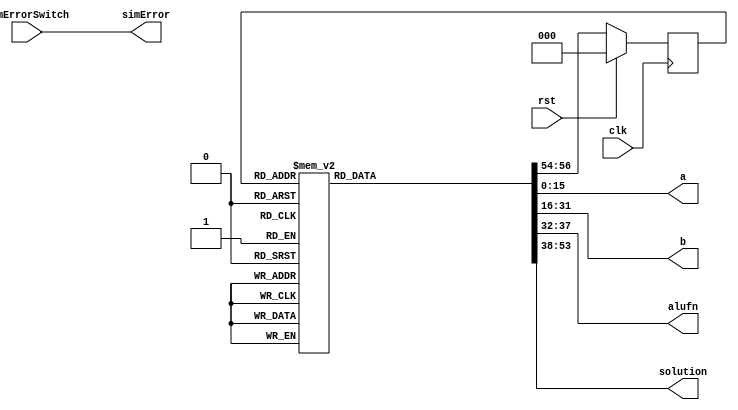
/*
   This file was generated automatically by Alchitry Labs version 1.2.7.
   Do not edit this file directly. Instead edit the original Lucid source.
   This is a temporary file and any changes made to it will be destroyed.
*/

module autoTester_7 (
    input clk,
    input rst,
    input simErrorSwitch,
    output reg [15:0] a,
    output reg [15:0] b,
    output reg [5:0] alufn,
    output reg [15:0] solution,
    output reg simError
  );
  
  
  
  localparam A_ROM = 128'h000a0040000580172e2b000601000000;
  
  localparam B_ROM = 128'h00050018000400014563800501000004;
  
  localparam ALUFN_ROM = 48'h001823616cf5;
  
  localparam SOLUTION_ROM = 128'h000f00280050c00b0423800300010001;
  
  
  localparam TESTCASE1_testState = 3'd0;
  localparam TESTCASE2_testState = 3'd1;
  localparam TESTCASE3_testState = 3'd2;
  localparam TESTCASE4_testState = 3'd3;
  localparam TESTCASE5_testState = 3'd4;
  localparam TESTCASE6_testState = 3'd5;
  localparam TESTCASE7_testState = 3'd6;
  localparam TESTCASE8_testState = 3'd7;
  
  reg [2:0] M_testState_d, M_testState_q = TESTCASE1_testState;
  
  always @* begin
    M_testState_d = M_testState_q;
    
    a = 16'h0000;
    b = 16'h0000;
    alufn = 6'h00;
    solution = 16'h0000;
    simError = simErrorSwitch;
    
    case (M_testState_q)
      TESTCASE1_testState: begin
        a = 16'h0000;
        b = 16'h0004;
        alufn = 6'h35;
        solution = 16'h0001;
        M_testState_d = TESTCASE2_testState;
      end
      TESTCASE2_testState: begin
        a = 16'h0100;
        b = 16'h0100;
        alufn = 6'h33;
        solution = 16'h0001;
        M_testState_d = TESTCASE3_testState;
      end
      TESTCASE3_testState: begin
        a = 16'h0006;
        b = 16'h8005;
        alufn = 6'h16;
        solution = 16'h8003;
        M_testState_d = TESTCASE4_testState;
      end
      TESTCASE4_testState: begin
        a = 16'h2e2b;
        b = 16'h4563;
        alufn = 6'h18;
        solution = 16'h0423;
        M_testState_d = TESTCASE5_testState;
      end
      TESTCASE5_testState: begin
        a = 16'h8017;
        b = 16'h0001;
        alufn = 6'h23;
        solution = 16'hc00b;
        M_testState_d = TESTCASE6_testState;
      end
      TESTCASE6_testState: begin
        a = 16'h0005;
        b = 16'h0004;
        alufn = 6'h20;
        solution = 16'h0050;
        M_testState_d = TESTCASE7_testState;
      end
      TESTCASE7_testState: begin
        a = 16'h0040;
        b = 16'h0018;
        alufn = 6'h01;
        solution = 16'h0028;
        M_testState_d = TESTCASE8_testState;
      end
      TESTCASE8_testState: begin
        a = 16'h000a;
        b = 16'h0005;
        alufn = 6'h00;
        solution = 16'h000f;
        M_testState_d = TESTCASE1_testState;
      end
    endcase
  end
  
  always @(posedge clk) begin
    if (rst == 1'b1) begin
      M_testState_q <= 1'h0;
    end else begin
      M_testState_q <= M_testState_d;
    end
  end
  
endmodule